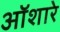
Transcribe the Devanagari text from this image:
ऑशारे